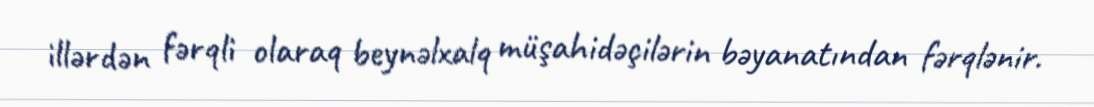
illərdən fərqli olaraq beynəlxalq müşahidəçilərin bəyanatından fərqlənir.